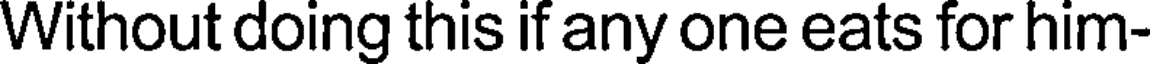
Without doing this if any one eats for him-